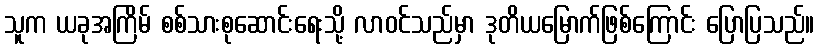
သူက ယခုအကြိမ် စစ်သားစုဆောင်းရေးသို့ လာဝင်သည်မှာ ဒုတိယမြောက်ဖြစ်ကြောင်း ပြောပြသည်။